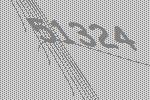
51324